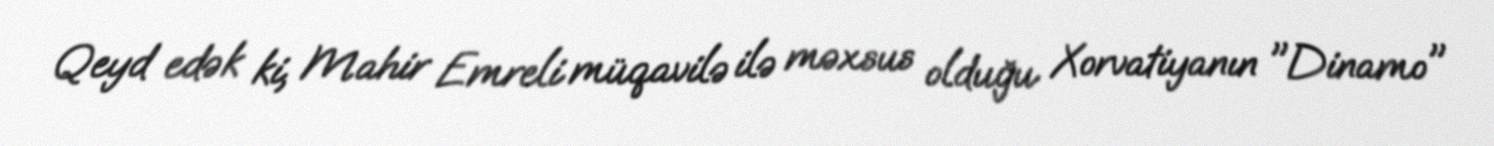
Qeyd edək ki, Mahir Emreli müqavilə ilə məxsus olduğu Xorvatiyanın "Dinamo"